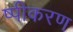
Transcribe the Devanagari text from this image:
ष्पीकरण